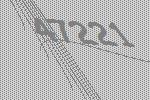
47221